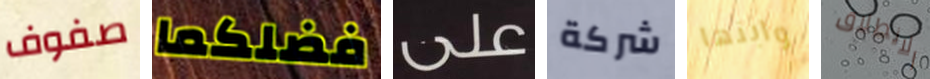
صفوف فضلكما على شركة وابنها الانطلاق